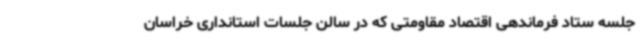
جلسه ستاد فرماندهی اقتصاد مقاومتی که در سالن جلسات استانداری خراسان